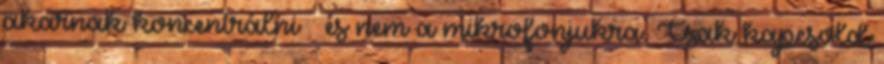
akarnak koncentrálni – és nem a mikrofonjukra. Csak kapcsold